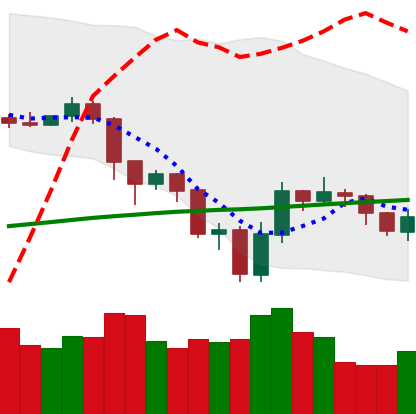
Ticker: LTC-USD
Chart end date: 2019-07-24
Forward return: -4.117%
Label: down_3_5